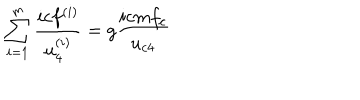
LaTeX: \sum _ { i = 1 } ^ { m } \frac { i c f ^ { ( i ) } } { u _ { 4 } ^ { ( i ) } } = g \frac { i c m f _ { c } } { u _ { c 4 } }